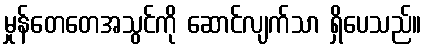
မှုန်တေတေအသွင်ကို ဆောင်လျက်သာ ရှိပေသည်။